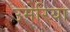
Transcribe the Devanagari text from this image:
उमेरिया